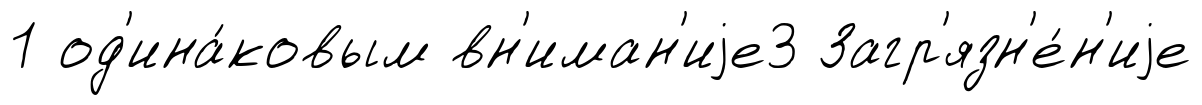
1 од'ина́ковым вн'иман'иjе3 Загр'язн'е́н'иjе